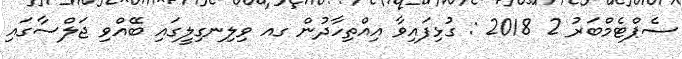
ސެޕްޓެމްބަރު 2 2018 : ގުޅިފައިވާ އިއްތިހާދުން ގއ ވިލިނގިލީގައި ބޭއްވި ޖަލްސާގައި